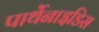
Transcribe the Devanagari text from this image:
पार्थेनाइडिस